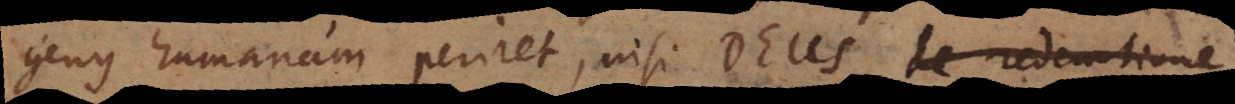
genus humanum periret, nisi Deus de redemtione